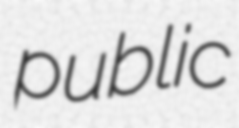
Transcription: public